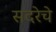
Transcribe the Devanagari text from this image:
सदरेचे